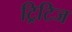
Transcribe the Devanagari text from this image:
ट्रिटिज